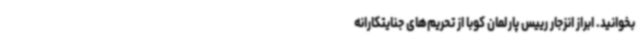
بخوانید. ابراز انزجار رییس پارلمان کوبا از تحریم‌های جنایتکارانه